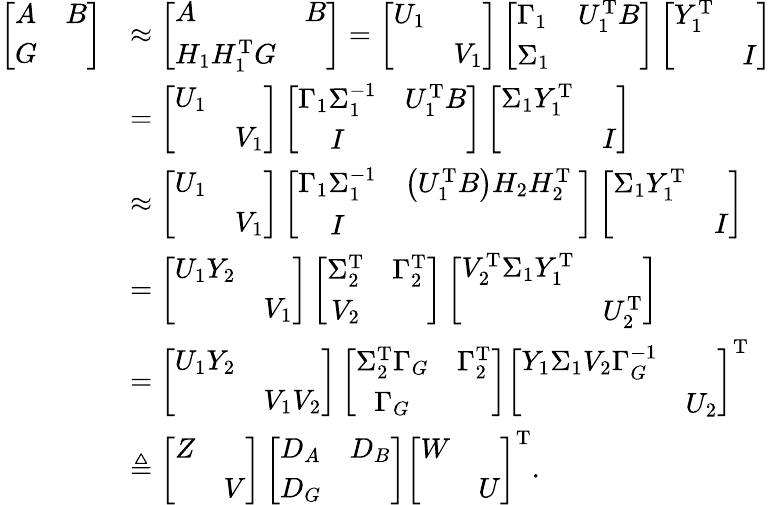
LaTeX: \begin{array}{rl}{{\left[\begin{array}{ll}{A}&{B}\\ {G}&\end{array}\right]}}&{\approx{\left[\begin{array}{ll}{A}&{B}\\ {H_{1}H_{1}^{\mathrm{T}}G}&\end{array}\right]}=\left[\begin{array}{ll}{U_{1}}&\\ &{V_{1}}\end{array}\right]\left[\begin{array}{ll}{\Gamma_{1}}&{U_{1}^{\mathrm{T}}B}\\ {\Sigma_{1}}&\end{array}\right]\left[\begin{array}{cc}{Y_{1}^{\mathrm{T}}}&\\ &{I}\end{array}\right]}\\ &{=\left[\begin{array}{ll}{U_{1}}&\\ &{V_{1}}\end{array}\right]\left[\begin{array}{cc}{\Gamma_{1}\Sigma_{1}^{-1}}&{U_{1}^{\mathrm{T}}B}\\ {I}&\end{array}\right]\left[\begin{array}{cc}{\Sigma_{1}Y_{1}^{\mathrm{T}}}&\\ &{I}\end{array}\right]}\\ &{\approx\left[\begin{array}{ll}{U_{1}}&\\ &{V_{1}}\end{array}\right]\left[\begin{array}{cc}{\Gamma_{1}\Sigma_{1}^{-1}}&{\left(U_{1}^{\mathrm{T}}B\right)H_{2}H_{2}^{\mathrm T}\ }\\ {I}&\end{array}\right]\left[\begin{array}{cc}{\Sigma_{1}Y_{1}^{\mathrm{T}}}&\\ &{I}\end{array}\right]}\\ &{=\left[\begin{array}{ll}{U_{1}Y_{2}}&\\ &{V_{1}}\end{array}\right]\left[\begin{array}{cc}{\Sigma_{2}^{\mathrm{T}}}&{\Gamma_{2}^{\mathrm{T}}}\\ {V_{2}}&\end{array}\right]\left[\begin{array}{ll}{V_{2}^{\mathrm{T}}\Sigma_{1}Y_{1}^{\mathrm{T}}}&\\ &{U_{2}^{\mathrm{T}}}\end{array}\right]}\\ &{=\left[\begin{array}{ll}{U_{1}Y_{2}}&\\ &{V_{1}V_{2}}\end{array}\right]\left[\begin{array}{cc}{\Sigma_{2}^{\mathrm{T}}\Gamma_{G}}&{\Gamma_{2}^{\mathrm{T}}}\\ {\Gamma_{G}}&\end{array}\right]\left[\begin{array}{cc}{Y_{1}\Sigma_{1}V_{2}\Gamma_{G}^{-1}}&\\ &{U_{2}}\end{array}\right]^{\mathrm{T}}}\\ &{\triangleq\left[\begin{array}{ll}{Z}&\\ &{V}\end{array}\right]\left[\begin{array}{ll}{D_{A}}&{D_{B}}\\ {D_{G}}&\end{array}\right]\left[\begin{array}{ll}{W}&\\ &{U}\end{array}\right]^{\mathrm{T}}.}\end{array}